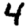
Digit: 4